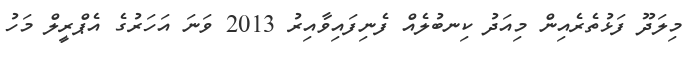
މިލަދޫ ފަޅުތެރެއިން މިއަދު ކިނބުލެއް ފެނިފައިވާއިރު 2013 ވަނަ އަހަރުގެ އެޕްރީލް މަހު